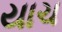
યાચ